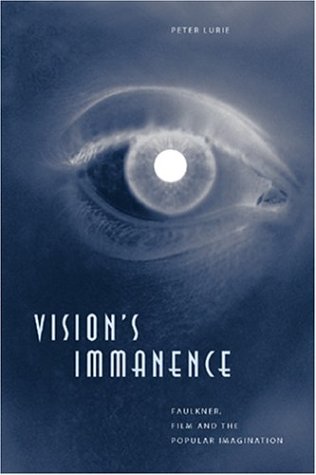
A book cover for Vision's Immanence: Faulkner, Film, and the Popular Imagination; Peter Lurie; Humor & Entertainment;